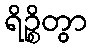
ရိဉ္စိတွာ